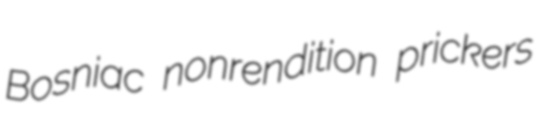
Bosniac nonrendition prickers